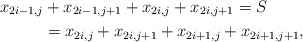
\begin{align*}x_{2i-1,j} &+ x_{2i-1,j+1} + x_{2i,j} + x_{2i,j+1} = S \\ &= x_{2i,j} + x_{2i,j+1} + x_{2i+1,j} + x_{2i+1,j+1},\end{align*}